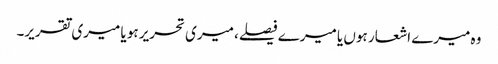
وہ میرے اشعار ہوں یا میرے فیصلے، میری تحریر ہو یا میری تقریر۔